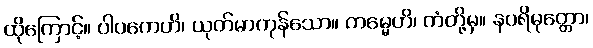
ထိုကြောင့်။ ပါပကေဟိ၊ ယုတ်မာကုန်သော။ ကမ္မေဟိ၊ ကံတို့မှ။ နပရိမုတ္တော၊